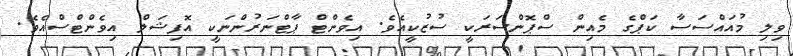
ވިލި މުއައްސަސާ ކަޕްގެ މެއިން ސްޕޮންސަރަކީ ސުޒުކީއެވެ. އިވެންޓް ޕާޓްނަރުންނަކީ އޮފިޝަލް އިވެންޓްސްއެވެ.